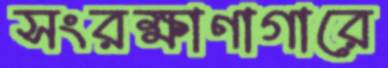
সংরক্ষাণাগারে